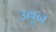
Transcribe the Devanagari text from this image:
उबून